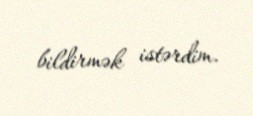
bildirmək istərdim.